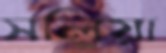
সলিয়া